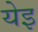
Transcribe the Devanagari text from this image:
येइ